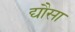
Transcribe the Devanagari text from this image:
द्यौसा